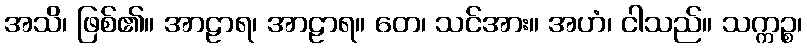
အသိ၊ ဖြစ်၏။ အာဠာရ၊ အာဠာရ။ တေ၊ သင်အား။ အဟံ၊ ငါသည်။ သက္ကဉ္စ၊